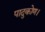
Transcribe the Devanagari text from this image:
पादुकोण।